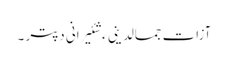
آزات جمالدینی ءِ شئیرانی دپتر ۔